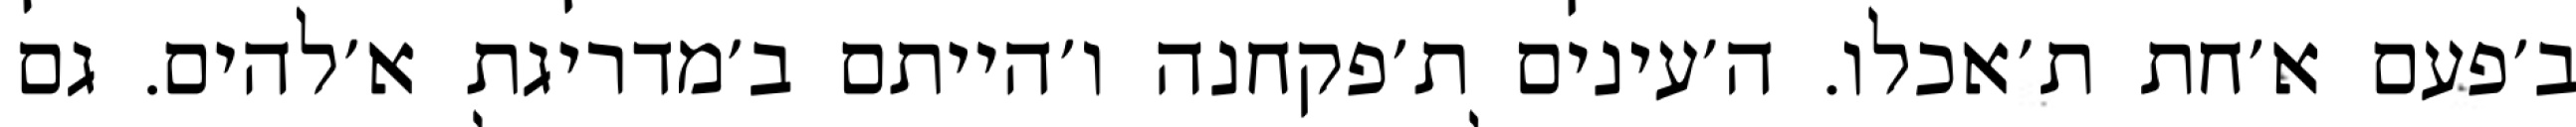
ב׳פעם א׳חת ת׳אכלו. ה׳עינים ת׳פקחנה ו׳הייתם ב׳מדריגת א׳להים. גם